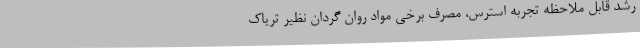
رشد قابل ملاحظه تجربه استرس، مصرف برخی مواد روان گردان نظیر تریاک